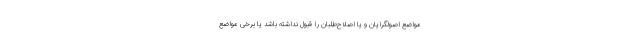
مواضع اصولگرایان و یا اصلاح‌طلبان را قبول نداشته باشد یا برخی مواضع